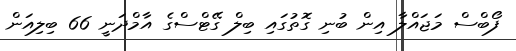
ފޯބްސް މަޖައްލާ އިން ބުނި ގޮތުގައި ބިލް ގޭޓްސްގެ އާމްދަނީ 66 ބިލިއަން